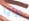
زوايا